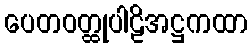
ပေတဝတ္ထုပါဠိအဋ္ဌကထာ